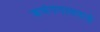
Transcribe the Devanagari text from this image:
अभंगगायनाचे